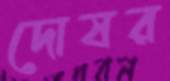
দোষর